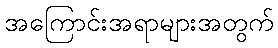
အကြောင်းအရာများအတွက်